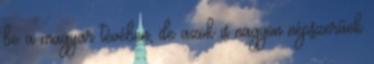
be a magyar tévében, de azok is nagyon népszerűek